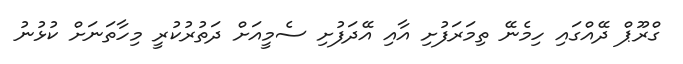
ގްރޫޕް ދޭއްގައި ހިމެނޭ ތިމަރަފުށި އާއި އޭދަފުށި ސެމީއަށް ދަތުރުކުރީ މިހާތަނަށް ކުޅުނު